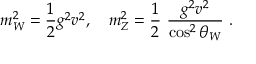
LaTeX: m _ { W } ^ { 2 } = \frac { 1 } { 2 } g ^ { 2 } v ^ { 2 } , \quad m _ { Z } ^ { 2 } = \frac { 1 } { 2 } ~ \frac { g ^ { 2 } v ^ { 2 } } { \cos ^ { 2 } \theta _ { W } } ~ .